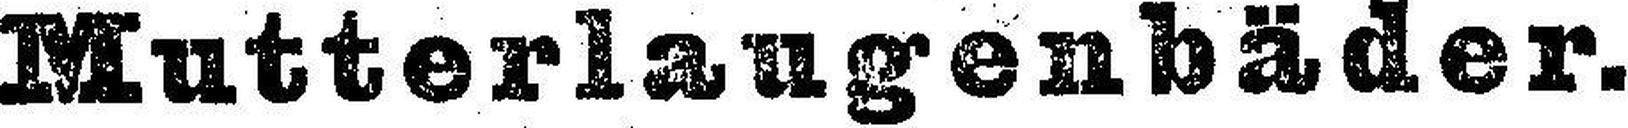
Mutterlaugenbäder.